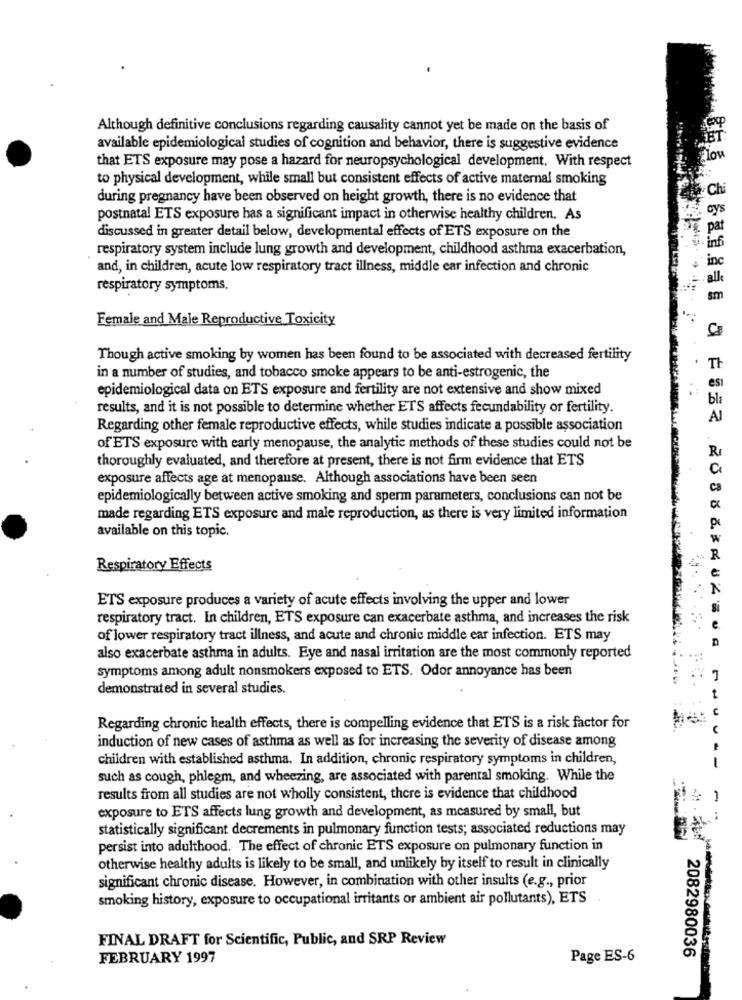
Although definitive conclusions regarding causality cannot yet be made on the basis of
available epidemiological studies of cognition and behavior, there is suggestive evidence
that ETS exposure may pose a hazard for neuropsychological development. With respect
to physical development, while small but consistent effects of active maternal smoking
Chi
during pregnancy have been observed on height growth, there is no evidence that
postnatal ETS exposure has a significant impact in otherwise healthy children. As
discussed in greater detail below, developmental effects of ETS exposure on the
pa
respiratory system include lung growth and development, childhood asthma exacerbation,
- inf
and, in children, acute low respiratory tract illness, middle ear infection and chronic
respiratory symptoms,
Female and Male Reproductive Toxicity
Though active smoking by women has been found to be associated with decreased fertility
TF
in a number of studies, and tobacco smoke appears to be anti-estrogenic, the
epidemiological data on ETS exposure and fertility are not extensive and show mixed
est
bla
results, and it is not possible to determine whether ETS affects fecundability or fertility.
AI
Regarding other female reproductive effects, while studies indicate a possible association
of ETS exposure with early menopause, the analytic methods of these studies could not be
thoroughly evaluated, and therefore at present, there is not firm evidence that ETS
exposure affects age at menopause. Although associations have been seen
epidemiologically between active smoking and sperm parameters, conclusions can not be
made regarding ETS exposure and male reproduction, as there is very limited information
available on this topic,
Respiratory Effects
ETS exposure produces a variety of acute effects involving the upper and lower
respiratory tract. In children, ETS exposure can exacerbate asthma, and increases the risk
of lower respiratory tract illness, and acute and chronic middle ear infection. ETS may
also exacerbate asthma in adults. Eye and nasal irritation are the most commonly reported
symptoms among adult nonsmokers exposed to ETS. Odor annoyance has been
demonstrated in several studies.
Regarding chronic health effects, there is compelling evidence that ETS is a risk factor for
induction of new cases of asthma as well as for increasing the severity of disease among
children with established asthma. In addition, chronic respiratory symptoms in children,
such as cough, phlegm, and wheezing, are associated with parental smoking. While the
results from all studies are not wholly consistent, there is evidence that childhood
exposure to ETS affects lung growth and development, as measured by small, but
statistically significant decrements in pulmonary function tests; associated reductions may
persist into adulthood. The effect of chronic ETS exposure on pulmonary function in
otherwise healthy adults is likely to be small, and unlikely by itself to result in clinically
significant chronic disease. However, in combination with other insults (e.g ., prior
smoking history, exposure to occupational irritants or ambient air pollutants), ETS
FINAL DRAFT for Scientific, Public, and SRP Review
2082980036
FEBRUARY 1997
Page ES-6